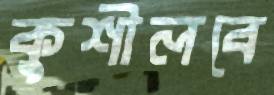
কুশীলবে